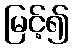
မြင့်၍